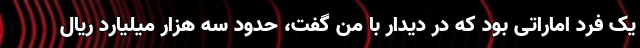
یک فرد اماراتی بود که در دیدار با من گفت، حدود سه هزار میلیارد ریال